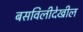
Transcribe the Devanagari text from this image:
बसविलीदेखील